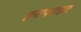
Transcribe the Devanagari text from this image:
इनफाइट